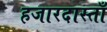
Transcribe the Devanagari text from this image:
हजारदास्ताँ